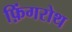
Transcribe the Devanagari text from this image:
फ़िंगरोथ